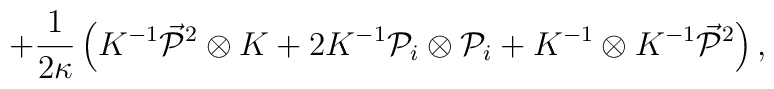
+ \frac1{2\kappa}\left(K^{-1} \vec{{\cal P}}{}^2 \otimes K +  2K^{-1} {\cal P}_i \otimes {\cal P}_i + K^{-1}\otimes K^{-1}\vec{{\cal P}}{}^2\right),